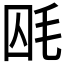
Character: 𣭃